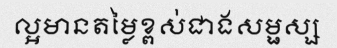
ល្អមានតម្លៃខ្ពស់ជាងសម្ផស្ស